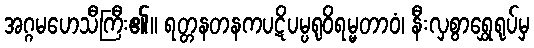
အဂ္ဂမဟေသီကြီး၏။ ရတ္တနတနကပဋိပမ္ပရုဝိရမ္မတာဝံ၊ နီးလှစွာရွှေရုပ်မှ